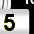
Digit: 5